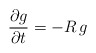
\begin{align*}\frac{\partial g}{\partial t} = -R\, g\end{align*}